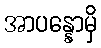
အာပန္နောမှိ